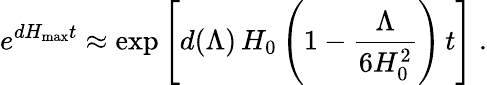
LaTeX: e^{dH_{\mathrm{max}}t}\approx\exp\left[d(\Lambda)\, H_{0}\left(1-{\frac{\Lambda}{6H_{0}^{2}}}\right)\, t\right]\ .